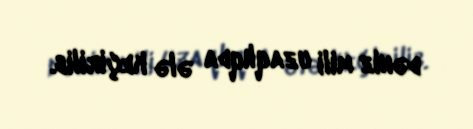
dəniz mili uzaqlıqda ələ keçirilib.